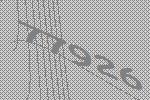
77926